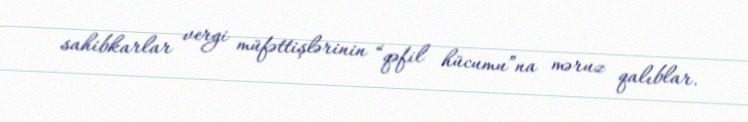
sahibkarlar vergi müfəttişlərinin “qəfil hücumu”na məruz qalıblar.